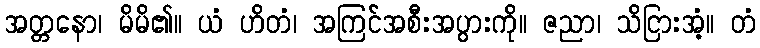
အတ္တနော၊ မိမိ၏။ ယံ ဟိတံ၊ အကြင်အစီးအပွားကို။ ဇညာ၊ သိငြားအံ့။ တံ